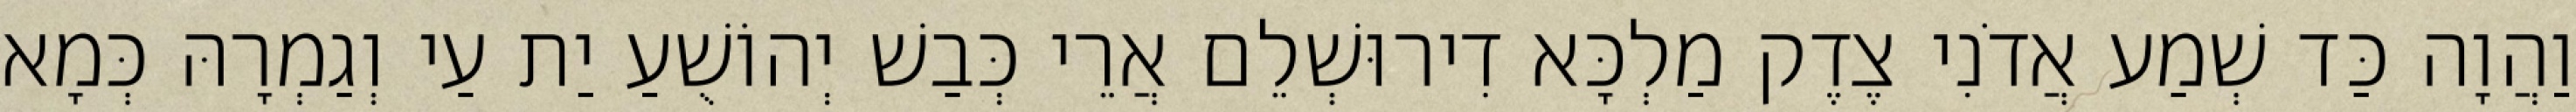
וַהֲוָה כַּד שְׁמַע אֲדֹנִי צֶדֶק מַלְכָּא דִירוּשְׁלֵם אֲרֵי כְּבַשׁ יְהוֹשֻׁעַ יַת עַי וְגַמְרָהּ כְּמָא